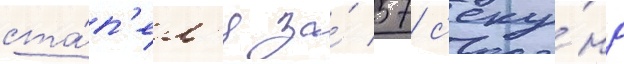
ста́п'ел'я за́ 57 с'еку́нд